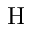
\mathrm { H }